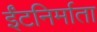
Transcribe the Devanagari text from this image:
ईंटनिर्माता